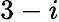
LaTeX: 3-i